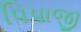
પિપાજી